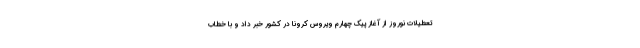
تعطیلات نوروز از آغاز پیک چهارم ویروس کرونا در کشور خبر داد و با خطاب